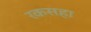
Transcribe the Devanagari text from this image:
रकसहा